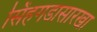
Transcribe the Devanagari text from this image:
सिंहगडासारखा